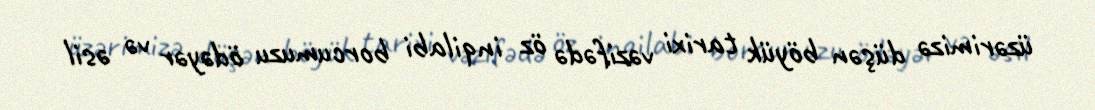
üzərimizə düşən böyük tarixi vəzifədə öz inqilabi borcumuzu ödəyər və əsil